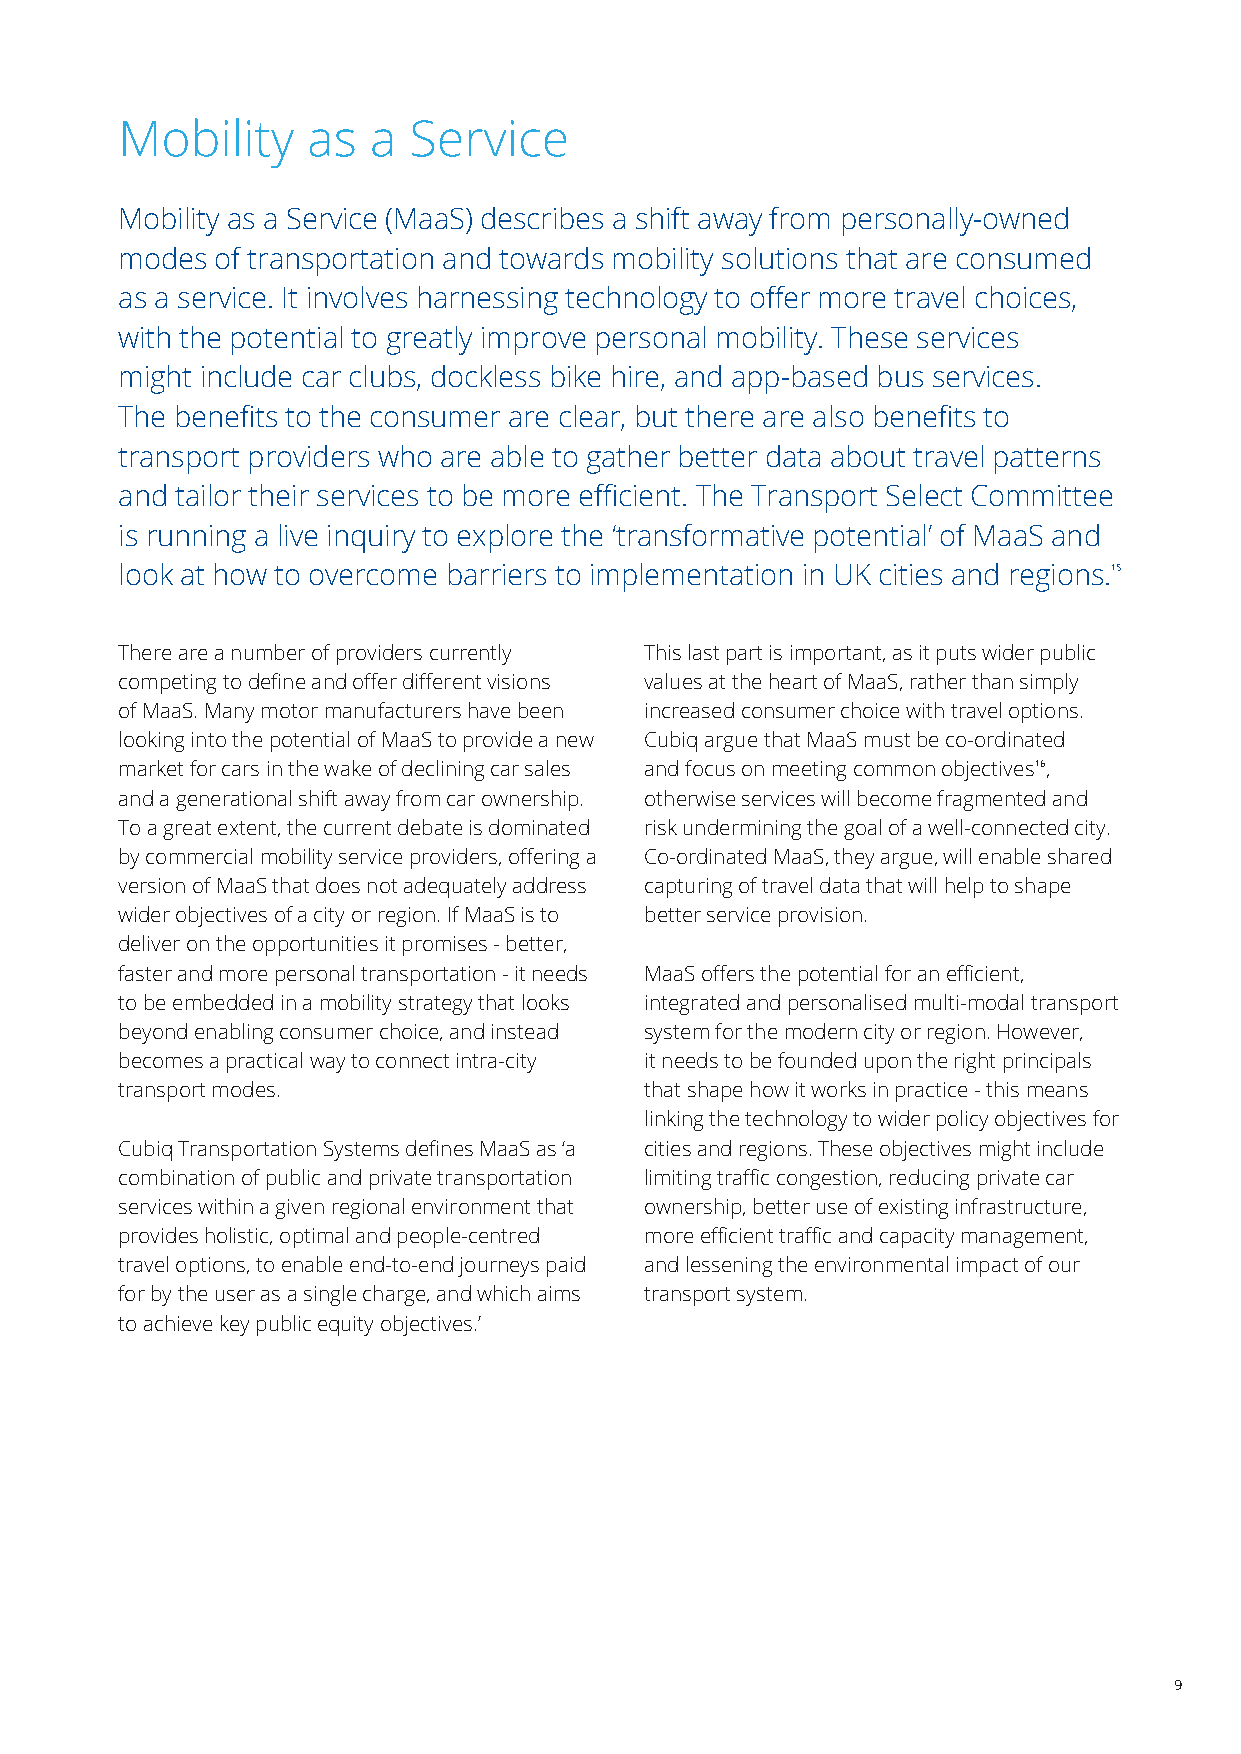
Mobility    as  a  Service
 Mobility as a Service (MaaS) describes a shift away from personally-owned
 modes of transportation and towards mobility solutions that are consumed
 as a service. It involves harnessing technology to offer more travel choices,
 with the potential to greatly improve personal mobility. These services
 might include car clubs, dockless bike hire, and app-based bus services.
 The benefits to the consumer are clear, but there are also benefits to
 transport providers who are able to gather better data about travel patterns
 and tailor their services to be more efficient. The Transport Select Committee
 is running a live inquiry to explore the ‘transformative potential’ of MaaS and
 look at how to overcome barriers to implementation in UK cities and regions.15
 There are a number of providers currently This last part is important, as it puts wider public
 competing to define and offer different visions values at the heart of MaaS, rather than simply
 of MaaS. Many motor manufacturers have been increased consumer choice with travel options.
 looking into the potential of MaaS to provide a new Cubiq argue that MaaS must be co-ordinated
 market for cars in the wake of declining car sales and focus on meeting common objectives16,
 and a generational shift away from car ownership. otherwise services will become fragmented and
 To a great extent, the current debate is dominated risk undermining the goal of a well-connected city.
 by commercial mobility service providers, offering a Co-ordinated MaaS, they argue, will enable shared
 version of MaaS that does not adequately address capturing of travel data that will help to shape
 wider objectives of a city or region. If MaaS is to better service provision.
 deliver on the opportunities it promises - better,
 faster and more personal transportation - it needs MaaS offers the potential for an efficient,
 to be embedded in a mobility strategy that looks integrated and personalised multi-modal transport
 beyond enabling consumer choice, and instead system for the modern city or region. However,
 becomes a practical way to connect intra-city it needs to be founded upon the right principals
 transport modes.                   that shape how it works in practice - this means
 linking the technology to wider policy objectives for
 Cubiq Transportation Systems defines MaaS as ‘a cities and regions. These objectives might include
 combination of public and private transportation limiting traffic congestion, reducing private car
 services within a given regional environment that ownership, better use of existing infrastructure,
 provides holistic, optimal and people-centred more efficient traffic and capacity management,
 travel options, to enable end-to-end journeys paid and lessening the environmental impact of our
 for by the user as a single charge, and which aims transport system.
 to achieve key public equity objectives.’
 8                                                                             9